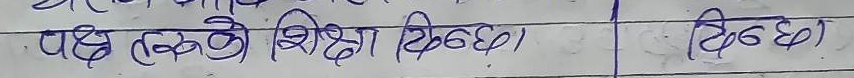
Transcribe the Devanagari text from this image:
पक्षहरुको शिक्षा दिन्छ। दिन्छ।